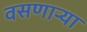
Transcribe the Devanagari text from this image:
वसणार्‍या